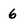
Character: 6